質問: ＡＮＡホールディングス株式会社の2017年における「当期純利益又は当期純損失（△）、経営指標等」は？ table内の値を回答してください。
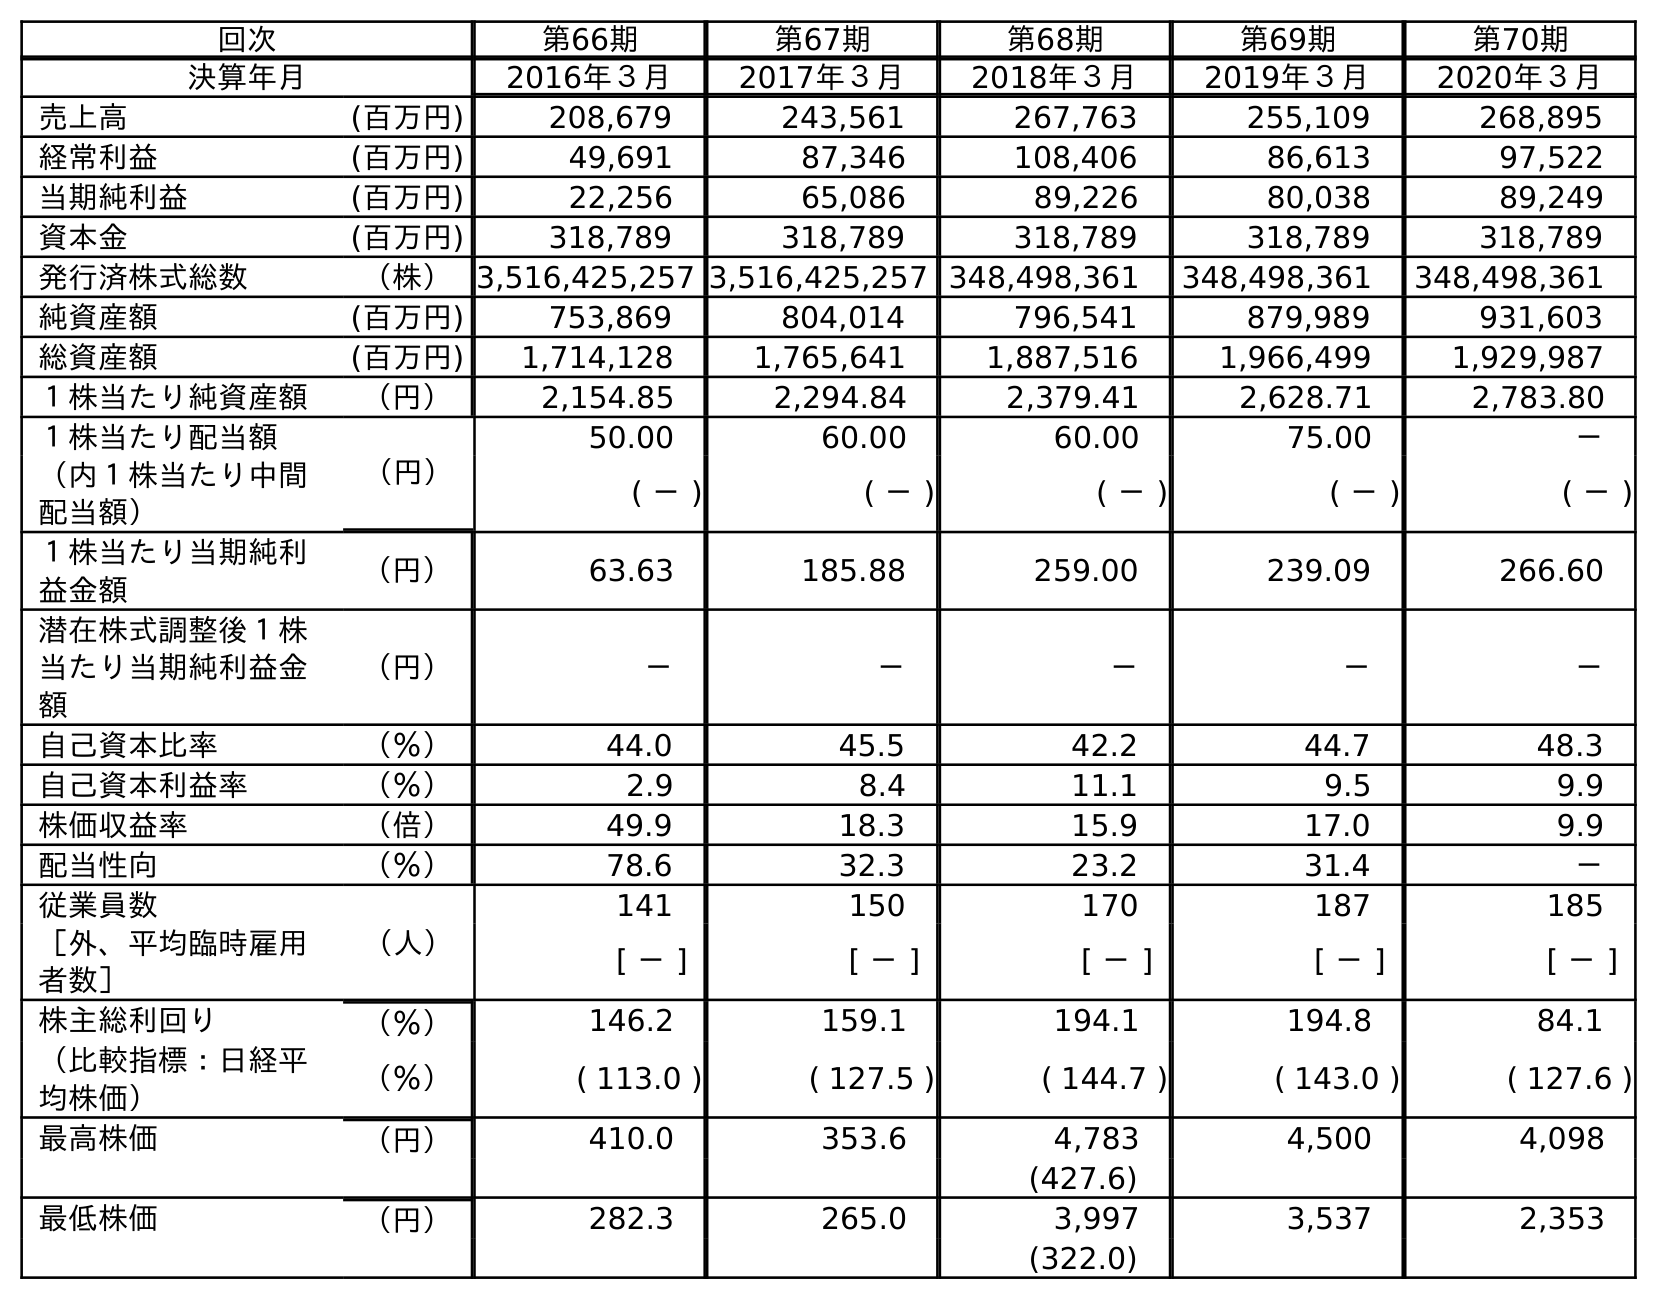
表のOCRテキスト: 回次 第66期 第67期 第68期 第69期 第70期 決算年月 2016年３月 2017年３月 2018年３月 2019年３月 2020年３月 売上高 (百万円) 208,679 243,561 267,763 255,109 268,895 経常利益 (百万円) 49,691 87,346 108,406 86,613 97,522 当期純利益 (百万円) 22,256 65,086 89,226 80,038 89,249 資本金 (百万円) 318,789 318,789 318,789 318,789 318,789 発行済株式総数 （株）3,516,425,257 3,516,425,257 348,498,361 348,498,361 348,498,361 純資産額 (百万円) 753,869 804,014 796,541 879,989 931,603 総資産額 (百万円) 1,714,128 1,765,641 1,887,516 1,966,499 1,929,987 １株当たり純資産額 （円） 2,154.85 2,294.84 2,379.41 2,628.71 2,783.80 １株当たり配当額 （円） 50.00 60.00 60.00 75.00 － （内１株当たり中間 配当額） ( － ) ( － ) ( － ) ( － ) ( － ) １株当たり当期純利 益金額 （円） 63.63 185.88 259.00 239.09 266.60 潜在株式調整後１株 当たり当期純利益金 額 （円） － － － － － 自己資本比率 （％） 44.0 45.5 42.2 44.7 48.3 自己資本利益率 （％） 2.9 8.4 11.1 9.5 9.9 株価収益率 （倍） 49.9 18.3 15.9 17.0 9.9 配当性向 （％） 78.6 32.3 23.2 31.4 － 従業員数 （人） 141 150 170 187 185 ［外、平均臨時雇用 者数］ [ － ] [ － ] [ － ] [ － ] [ － ] 株主総利回り （％） 146.2 159.1 194.1 194.8 84.1 （比較指標：日経平 均株価） （％） ( 113.0 ) ( 127.5 ) ( 144.7 ) ( 143.0 ) ( 127.6 ) 最高株価 （円） 410.0 353.6 4,783 4,500 4,098 (427.6) 最低株価 （円） 282.3 265.0 3,997 3,537 2,353 (322.0)
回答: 65,086